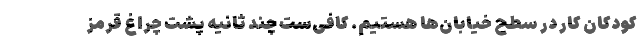
کودکان کار در سطح خیابان‌ها هستیم. کافی‌ست چند ثانیه پشت چراغ‌ قرمز